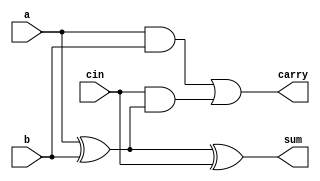
module Full_Adder(a,b,cin,sum,carry);

input a,b,cin;
output  sum,carry;

assign sum=a^b^cin;
assign carry=(a & b) | cin & (a ^ b);

endmodule

module Parallel_Adder(A,B,Cin,Sum,Carry);
 
input [3:0]A;
input [3:0]B;
input Cin; 
output  [3:0]Sum;
output  [3:0]Carry;
 
Full_Adder fa1(.a(A[0]), .b(B[0]), .cin(Cin), .sum(Sum[0]), .carry(Carry[0]));
Full_Adder fa2(A[1],B[1],Carry[0],Sum[1],Carry[1]);
Full_Adder fa3(A[2],B[2],Carry[1],Sum[2],Carry[2]); 
Full_Adder fa4(A[3],B[3],Carry[2],Sum[3],Carry[3]);
 
endmodule